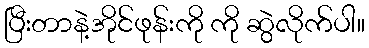
ပြီးတာနဲ့အိုင်ဖုန်းကို ကို ဆွဲလိုက်ပါ။